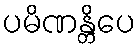
ပမိဏန္တိပေ